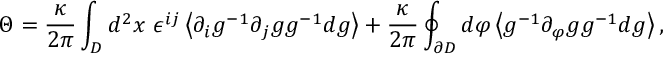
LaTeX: \Theta = \frac { \kappa } { 2 \pi } \int _ { D } d ^ { 2 } x ~ \epsilon ^ { i j } \left< \partial _ { i } g ^ { - 1 } \partial _ { j } g g ^ { - 1 } d g \right> + \frac { \kappa } { 2 \pi } \oint _ { \partial { D } } d \varphi \left< g ^ { - 1 } \partial _ { \varphi } g g ^ { - 1 } d g \right> ,